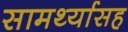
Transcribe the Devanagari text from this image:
सामर्थ्यासह